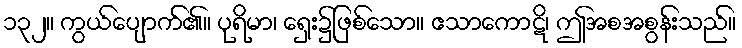
၁၃၂။ ကွယ်ပျောက်၏။ ပုရိမာ၊ ရှေး၌ဖြစ်သော။ ဧသာကောဋိ၊ ဤအစအစွန်းသည်။